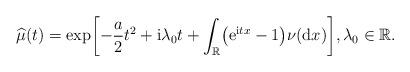
LaTeX: \begin{align*} \widehat{\mu}(t) = \exp \biggl[-\frac{a}{2} t^2 +\mathrm{i} \lambda _0 t + \int_{\mathbb{R}}\bigl(\mathrm{e}^{\mathrm{i} tx}-1 \bigr)\nu(\mathrm{d}x) \biggr], \lambda _0 \in{\mathbb{R}}.\end{align*}